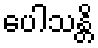
ပေါသန္တိ